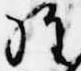
経